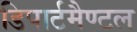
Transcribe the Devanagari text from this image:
डिपार्टमैण्टल